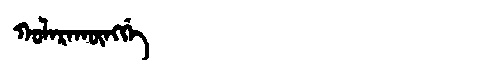
Manchu: ᡴᠣᠯᠠᡵᠠᡴᡡᠩᡤᡝ
Romanization: KOLARAKŪNGGE